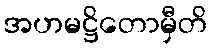
အဟမဋ္ဌိတောမှီတိ